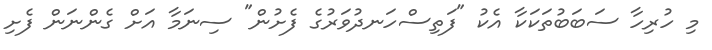
މި ހުރިހާ ސަބަބުތަކަކާ އެކު "ފަތިސްހަނދުވަރުގެ ފެށުން" ސިނަމާ އަށް ގެންނަން ފެށި